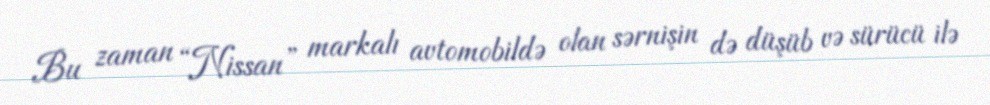
Bu zaman “Nissan” markalı avtomobildə olan sərnişin də düşüb və sürücü ilə